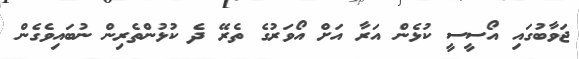
ޖަވާބުގައި އޯސީސީ ކުޅެން އަރާ އަށް އޯވަރުގެ ތެރޭ ދެ ކުޅުންތެރިން ނުބައިވެގެން